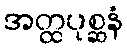
အတ္ထပုစ္ဆနံ